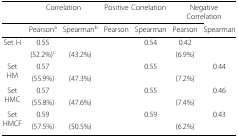
<table><thead><tr><td>[EMPTY_CELL]</td><td colspan="2"><b>Correlation</b></td><td colspan="2"><b>Positive Correlation</b></td><td colspan="2"><b>Negative Correlation</b></td></tr><tr><td>[EMPTY_CELL]</td><td><b>Pearson<sup>a</sup></b></td><td><b>Spearman<sup>b</sup></b></td><td><b>Pearson</b></td><td><b>Spearman</b></td><td><b>Pearson</b></td><td><b>Spearman</b></td></tr></thead><tbody><tr><td rowspan="2">Set H</td><td>0.55</td><td>[EMPTY_CELL]</td><td>[EMPTY_CELL]</td><td>0.54</td><td>0.42</td><td>[EMPTY_CELL]</td></tr><tr><td>(52.2%)<sup>c</sup></td><td>(43.2%)</td><td>[EMPTY_CELL]</td><td>[EMPTY_CELL]</td><td>(6.9%)</td><td>[EMPTY_CELL]</td></tr><tr><td rowspan="2">Set HM</td><td>0.57</td><td>[EMPTY_CELL]</td><td>[EMPTY_CELL]</td><td>0.55</td><td>[EMPTY_CELL]</td><td>0.44</td></tr><tr><td>(55.9%)</td><td>(47.3%)</td><td>[EMPTY_CELL]</td><td>[EMPTY_CELL]</td><td>(7.2%)</td><td>[EMPTY_CELL]</td></tr><tr><td rowspan="2">Set HMC</td><td>0.57</td><td>[EMPTY_CELL]</td><td>[EMPTY_CELL]</td><td>0.55</td><td>[EMPTY_CELL]</td><td>0.46</td></tr><tr><td>(55.8%)</td><td>(47.6%)</td><td>[EMPTY_CELL]</td><td>[EMPTY_CELL]</td><td>(7.4%)</td><td>[EMPTY_CELL]</td></tr><tr><td rowspan="2">Set HMCF</td><td>0.59</td><td>[EMPTY_CELL]</td><td>[EMPTY_CELL]</td><td>0.59</td><td>[EMPTY_CELL]</td><td>0.43</td></tr><tr><td>(57.5%)</td><td>(50.5%)</td><td>[EMPTY_CELL]</td><td>[EMPTY_CELL]</td><td>(6.2%)</td><td>[EMPTY_CELL]</td></tr></tbody></table>